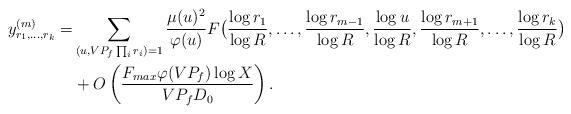
LaTeX: \begin{align*}y^{(m)}_{r_1,\ldots,r_k}=&\sum_{(u,VP_f\prod_ir_i)=1}\frac{\mu(u)^2}{\varphi(u)}F\bigl(\frac{\log r_1}{\log R},\ldots,\frac{\log r_{m-1}}{\log R},\frac{\log u}{\log R},\frac{\log r_{m+1}}{\log R},\ldots,\frac{\log r_k}{\log R}\bigr)\\&+O\left(\frac{F_{max}\varphi(VP_f)\log X}{VP_fD_0}\right).\end{align*}